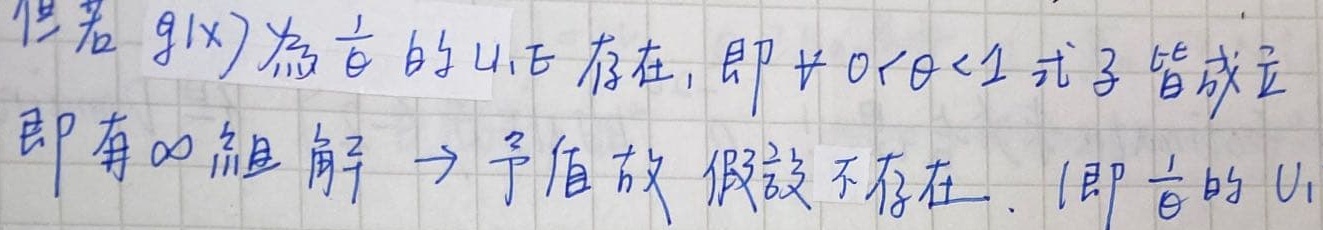
但若 \(g(x)\) 存在 \(u_1, u_2\)，即 \(\forall 0 < \theta < 1\) 式子皆成立，即有 \(\infty\) 组解 \(\to\) 予值故假设不存在.（即 \(\exists\) \(u_1\) ）